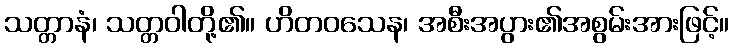
သတ္တာနံ၊ သတ္တဝါတို့၏။ ဟိတဝသေန၊ အစီးအပွား၏အစွမ်းအားဖြင့်။